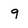
Character: q